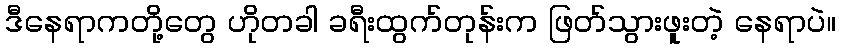
ဒီနေရာကတို့တွေ ဟိုတခါ ခရီးထွက်တုန်းက ဖြတ်သွားဖူးတဲ့ နေရာပဲ။